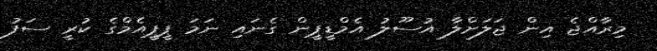
މިރާއްޖެ އިން ޖަލަށްލާ އުސޫލު އެމްޑީޕީން ގެނައި ނަމަ ޕީޕީއެމްގެ ކުރީ ސަފު